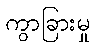
ကွာခြားမှု